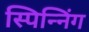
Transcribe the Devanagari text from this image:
स्पिन्निंग